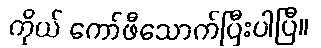
ကိုယ် ကော်ဖီသောက်ပြီးပါပြီ။